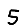
Digit: 5